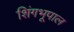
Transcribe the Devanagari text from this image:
शिंगभूपाल